Vaccination report Assam 1874-1896 - 1874-1896
Year: 1874
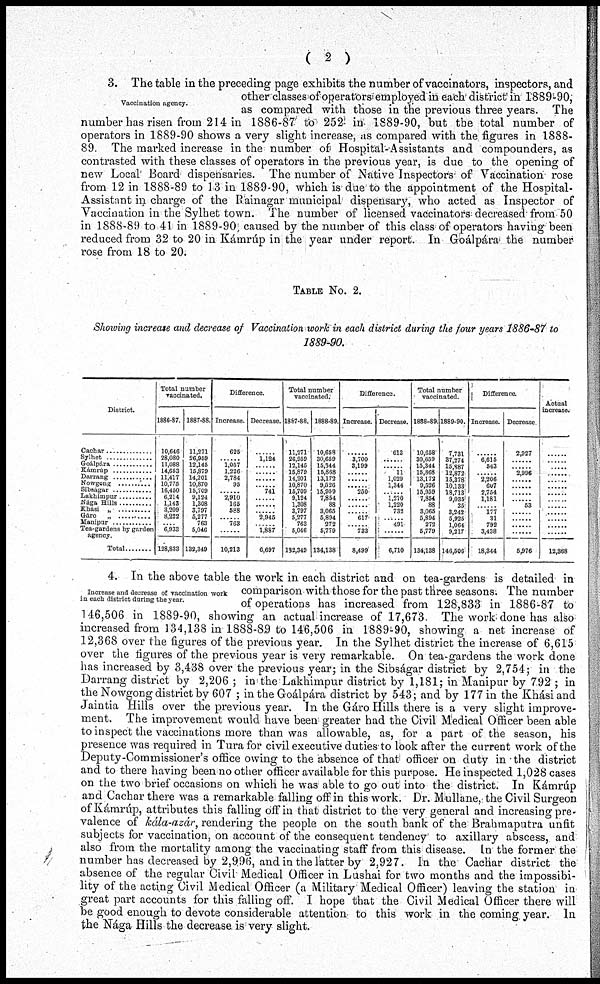
( 2 )
Vaccination agency.
3. The table in the preceding page exhibits the number of vaccinators, inspectors, and
other classes of operators employed in each district in 1889-90,
as compared with those in the previous three years. The
number has risen from 214 in 1886-87 to 252 in 1889-90, but the total number of
operators in 1889-90 shows a very slight increase, as compared with the figures in 1888-
89. The marked increase in the number of Hospital-Assistants and compounders, as
contrasted with these classes of operators in the previous year, is due to the opening of
new Local Board dispensaries. The number of Native Inspectors of Vaccination rose
from 12 in 1888-89 to 13 in 1889-90, which is due to the appointment of the Hospital-
Assistant in charge of the Rainagar municipal dispensary, who acted as Inspector of
Vaccination in the Sylhet town. The number of licensed vaccinators decreased from 50
in 1888-89 to 41 in 1889-90 caused by the number of this class of operators having been
reduced from 32 to 20 in Kámrúp in the year under report. In Goálpára the number
rose from 18 to 20.
TABLE NO.2.
Showing increase and decrease of Vaccination work in each district during the four years 1886-87 to
1889-90.
District.
Cachar ..............
Sylhet ..............
Goálpára ..........
Kámrúp ..........
Darrang ..........
Nowgong ........
Sibságar ..........
Lakhimpur ..........
Nága Hills ..........
Khasi „ ..........
Gáro „ ..........
Manipur ..........
Tea-gardens by garden
agency.
Total ........
Total number
vaccinated.
1886-87.
10,646
28,080
11,088
14,653
11,417
10,775
16,450
6,214
1,143
3,209
8,222
.... 6,933
128,833
1887-88.
11,271
26,959
12,145
15,879
14,201
10,870
15,709
9,124
1,308
3,797
5,277
763
5,046
132,349
Difference.
Increase.
625
...... 1,057
1,226
2,784
95
...... 2,910
165
588
...... 763
......
10,213
Decrease.
......
1,124
......
......
......
...... 741
......
......
...... 2,945
...... 1,887
6,697
Total number
vaccinated.'
1887-88.
11,271
26,959
12,145
15,879
14,201
10,870
15,709
9,124
1,308
3,797
5,277
763
5,046
132,349
1888-89
10,658
30,659
15,344
15,868
13,172
9,526
15,959
7,854
88
3,065
5,894
272
5,779
134,138
Difference.
Increase.
......
3,700
3,199
......
......
...... 250
......
......
...... 617
...... 733
8,499
Decrease.
613
......
...... 11
1,029
1,344
......
l,270
1,220
732
...... 491
......
6,710
Total number
vaccinated.
1888-89.
10,658
30,659
15,344
15,868
13,172
9,526
15,959
7,854
88
3,065
5,894
272
5,779
134,138
1889-90.
7,731
37,274
15,887
12,872
15,378
10,133
18,713
9,035
35
3,242
5,925
1,064
9,217
146,506
Difference.
Increase.
......
6,615
543
...... 2,206
607
2,754
1,181
...... 177
31
792
3,438
18,344
Decrease
2,927
......
...... 2,996
......
......
......
...... 53
..
......
......
......
5,976
Actual
increase.
......
......
......
......
......
......
......
......
......
......
......
......
......
12,368
Increase and decrease of vaccination work
in each district during the year.
4. In the above table the work in each district and on tea-gardens is detailed in
comparison with those for the past three seasons. The number
of operations has increased from 128,833 in 1886-87 to
146,506 in 1889-90, showing an actual increase of 17,673. The work done has also
increased from 134,138 in 1888-89 to 146,506 in 1889-90, showing a net increase of
12,368 over the figures of the previous year. In the Sylhet district the increase of 6,615
over the figures of the previous year is very remarkable. On tea-gardens the work done
has increased by 3,438 over the previous year; in the Sibságar district by 2,754; in the
Darrang district by 2,206 ; in the Lakhimpur district by 1,181; in Manipur by 792 ; in
the Nowgong district by 607 ; in the Goálpára district by 543; and by 177 in the Khási and
Jaintia Hills over the previous year. In the Gáro Hills there is a very slight improve-
ment. The improvement would have been greater had the Civil Medical Officer been able
to inspect the vaccinations more than was allowable, as, for a part of the season, his
presence was required in Tura for civil executive duties to look after the current work of the
Deputy-Commissioner's office owing to the absence of that officer on duty in the district
and to there having been no other officer available for this purpose. He inspected 1,028 cases
on the two brief occasions on which he was able to go out into the district. In Kámrúp
and Cachar there was a remarkable falling off in this work. Dr. Mullane, the Civil Surgeon
of Kámrúp, attributes this falling off in that district to the very general and increasing pre-
valence of kála-azár, rendering the people on the south bank of the Brahmaputra unfit
subjects for vaccination, on account of the consequent tendency to axillary abscess, and
also from the mortality among the vaccinating staff from this disease. In the former the
number has decreased by 2,996, and in the latter by 2,927. In the Cachar district the
absence of the regular Civil Medical Officer in Lushai for two months and the impossibi-
lity of the acting Civil Medical Officer (a Military Medical Officer) leaving the station in
great part accounts for this falling off. I hope that the Civil Medical Officer there will
be good enough to devote considerable attention to this work in the coming year. In
the Nága Hills the decrease is very slight.